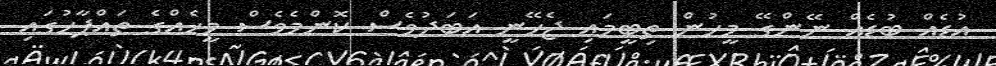
އުޑެއް ބުޑެއް ނޭންގޭ މީހުން ތިބީމައި ޖެހޭނީ އަބަދުވެސް ކޮންމެވެސް މީހެއްގެ ތައްޕާހުގައި